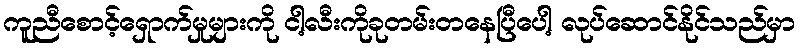
ကူညီစောင့်ရှောက်မှုများကို ငါ့လီးကိုခုတမ်းတနေပြီပေါ့ လုပ်ဆောင်နိုင်သည်မှာ